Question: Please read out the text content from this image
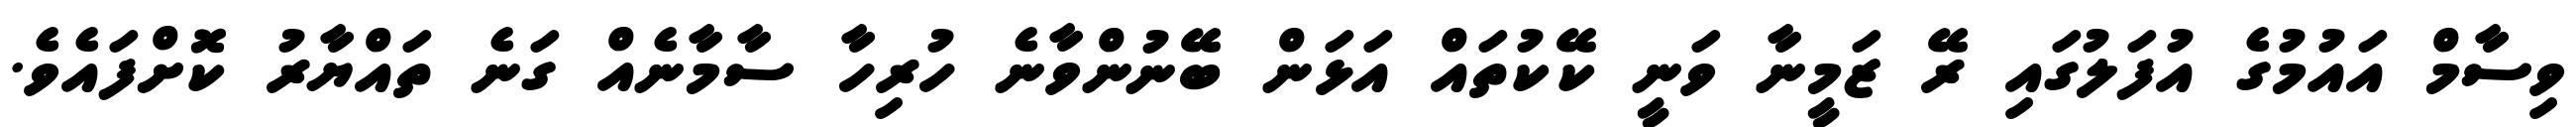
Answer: ވިސާމް އައުމުގެ އުފަލުގައި ރޭ ޒަމީނާ ވަނީ ކޭކުތައް އަޅަން ބޭނުންވާނެ ހުރިހާ ސާމާނެއް ގަނެ ތައްޔާރު ކޮށްފައެވެ.